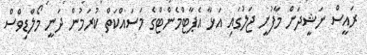
ރައީސް ނަޝީދަށް މާފުށީ ޖަލުގައި އަޅާ އެޕާޓްމެންޓްގެ މަސައްކަތް ކުރަމުން ދަނީ މޯލްޑިވްސް